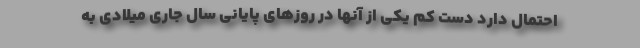
احتمال دارد دست کم یکی از آنها در روزهای پایانی سال جاری میلادی به